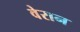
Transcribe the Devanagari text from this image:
वेरान